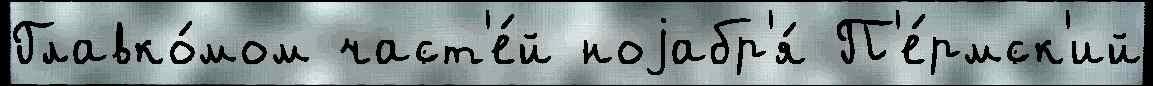
Главко́мом част'е́й ноjабр'я́ П'е́рмск'ий